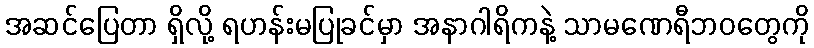
အဆင်ပြေတာ ရှိလို့ ရဟန်းမပြုခင်မှာ အနာဂါရိကနဲ့ သာမဏေရီဘဝတွေကို